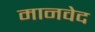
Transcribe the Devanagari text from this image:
मानवेद